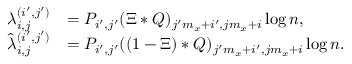
\begin{array} { r l } { { \lambda _ { i , j } ^ { ( i ^ { \prime } , j ^ { \prime } ) } } } & { = P _ { i ^ { \prime } , j ^ { \prime } } ( \Xi * Q ) _ { j ^ { \prime } m _ { x } + i ^ { \prime } , j m _ { x } + i } \log n , } \\ { { \hat { \lambda } _ { i , j } ^ { ( i ^ { \prime } , j ^ { \prime } ) } } } & { = P _ { i ^ { \prime } , j ^ { \prime } } ( ( 1 - \Xi ) * Q ) _ { j ^ { \prime } m _ { x } + i ^ { \prime } , j m _ { x } + i } \log n . } \end{array}